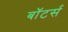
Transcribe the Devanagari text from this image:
बॉटर्स